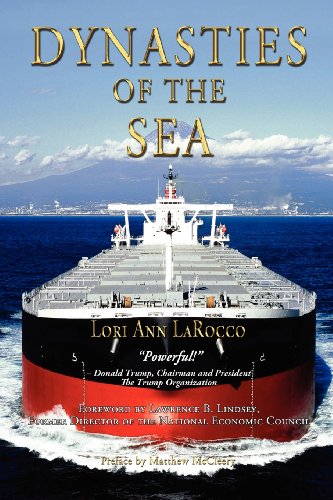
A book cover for Dynasties of the Sea: The Shipowners and Financiers Who Expanded the Era of Free Trade; Lori Ann LaRocco; Business & Money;